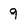
Character: 9